Report on lock hospitals in British Burma
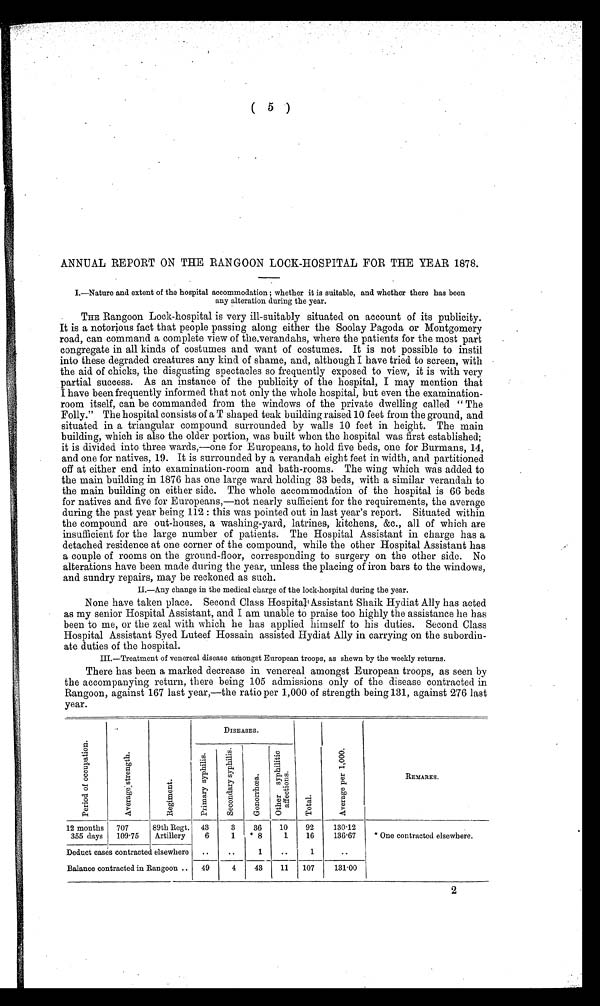
( 5 )
ANNUAL REPORT ON THE RANGOON LOCK-HOSPITAL FOR THE YEAR 1878.
I.—Nature and extent of the hospital accommodation ; whether it is suitable, and whether there has been
any alteration during the year.
THE Rangoon Lock-hospital is very ill-suitably situated on account of its publicity.
It is a notorious fact that people passing along either the Soolay Pagoda or Montgomery
road, can command a complete view of the.verandahs, where the patients for the most part
congregate in all kinds of costumes and want of costumes. It is not possible to instil
into these degraded creatures any kind of shame, and, although I have tried to screen, with
the aid of chicks, the disgusting spectacles so frequently exposed to view, it is with very
partial success. As an instance of the publicity of the hospital, I may mention that
I have been frequently informed that not only the whole hospital, but even the examination-
room itself, can be commanded from the windows of the private dwelling called " The
Folly." The hospital consists of a T shaped teak building raised 10 feet from the ground, and
situated in a triangular compound surrounded by walls 10 feet in height. The main
building, which is also the older portion, was built when the hospital was first established;
it is divided into three wards,—one for Europeans, to hold five beds, one for Burmans, 14,
and one for natives, 19. It is surrounded by a verandah eight feet in width, and partitioned
off at either end into examination-room and bath-rooms. The wing which was added to
the main building in 1876 has one large ward holding 33 beds, with a similar verandah to
the main building on either side. The whole accommodation of the hospital is 66 beds
for natives and five for Europeans,—not nearly sufficient for the requirements, the average
during the past year being 112: this was pointed out in last year's report. Situated within
the compound are out-houses, a washing-yard, latrines, kitchens, &c., all of which are
insufficient for the large number of patients. The Hospital Assistant in charge has a
detached residence at one corner of the compound, while the other Hospital Assistant has
a couple of rooms on the ground-floor, corresponding to surgery on the other side. No
alterations have been made during the year, unless the placing of iron bars to the windows,
and sundry repairs, may be reckoned as such.
II.—Any change in the medical charge of the lock-hospital during the year.
None have taken place. Second Class Hospital; Assistant Shaik Hydiat Ally has acted
as my senior Hospital Assistant, and I am unable to praise too highly the assistance he has
been to me, or the zeal with which he has applied himself to his duties. Second Class
Hospital Assistant Syed Luteef Hossain assisted Hydiat Ally in carrying on the subordin-
ate duties of the hospital.
III.—Treatment of venereal disease amongst European troops, as shewn by the weekly returns.
There has been a marked decrease in venereal amongst European troops, as seen by
t the accompanying return, there being 105 admissions only of the disease contracted in
Rangoon, against 167 last year,—the ratio per 1,000 of strength being 131, against 276 last
year.
P e r i o d o f o c c u p a t i o n .
A v e r a g e s t r e n g t h .
R e g i m e n t .
DISEASES.
T o t a l .
A v e r a g e p e r 1 , 0 0 0 .
R E M A R K S .
P r i m a r y s y p h i l i s .
S e c o n d a r y s y p h i l i s .
G o n o r r h œ a .
Ot h e r s y p h i l i s . a f f e c t i o n s .
12 months
355 days
707
109.75
89th Regt.
Artillery
43
6
3
1
36
* 8
10
1
92
16
130.12
136.67
* One contracted elsewhere.
Deduct cases contracted elsewhere
..
..
1
..
1
..
Balance contracted in Rangoon...
49
4
43
11
107
131.00
2